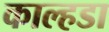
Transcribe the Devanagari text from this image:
काल्हडा